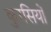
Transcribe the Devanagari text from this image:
कुरसियों